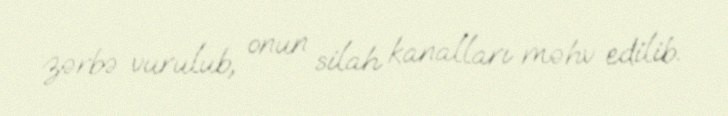
zərbə vurulub, onun silah kanalları məhv edilib.